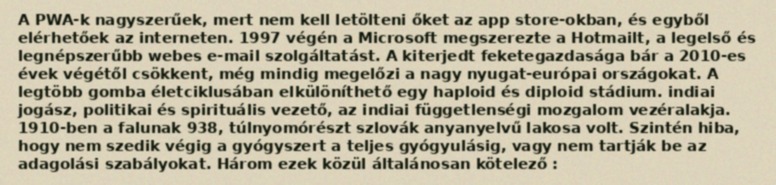
A PWA-k nagyszerűek, mert nem kell letölteni őket az app store-okban, és egyből elérhetőek az interneten. 1997 végén a Microsoft megszerezte a Hotmailt, a legelső és legnépszerűbb webes e-mail szolgáltatást. A kiterjedt feketegazdasága bár a 2010-es évek végétől csökkent, még mindig megelőzi a nagy nyugat-európai országokat. A legtöbb gomba életciklusában elkülöníthető egy haploid és diploid stádium. indiai jogász, politikai és spirituális vezető, az indiai függetlenségi mozgalom vezéralakja. 1910-ben a falunak 938, túlnyomórészt szlovák anyanyelvű lakosa volt. Szintén hiba, hogy nem szedik végig a gyógyszert a teljes gyógyulásig, vagy nem tartják be az adagolási szabályokat. Három ezek közül általánosan kötelező :